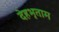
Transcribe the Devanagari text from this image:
देहभृताम